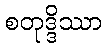
စတုဒ္ဒိဿာ